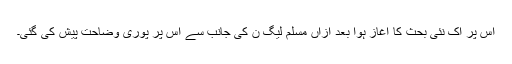
اس پر اک نئی بحث کا آغاز ہوا بعد ازاں مسلم لیگ ن کی جانب سے اس پر پوری وضاحت پیش کی گئی۔